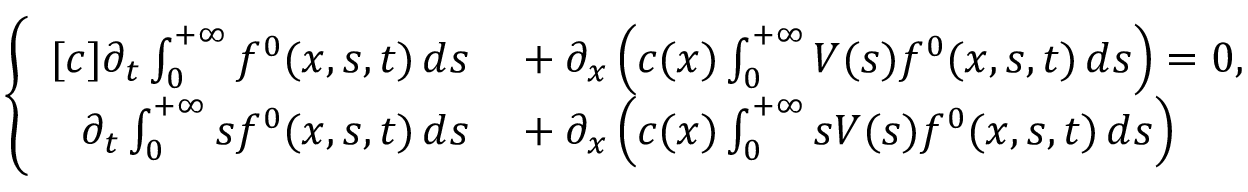
\begin{array} { r } { \left\{ \begin{array} { r l } { [ c ] \partial _ { t } \int _ { 0 } ^ { + \infty } f ^ { 0 } ( x , s , t ) \, d s } & { { } + \partial _ { x } \left( c ( x ) \int _ { 0 } ^ { + \infty } V ( s ) f ^ { 0 } ( x , s , t ) \, d s \right) = 0 , } \\ { \partial _ { t } \int _ { 0 } ^ { + \infty } s f ^ { 0 } ( x , s , t ) \, d s } & { { } + \partial _ { x } \left( c ( x ) \int _ { 0 } ^ { + \infty } s V ( s ) f ^ { 0 } ( x , s , t ) \, d s \right) } \end{array} \right. } \end{array}